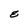
Character: E